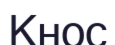
Кнос